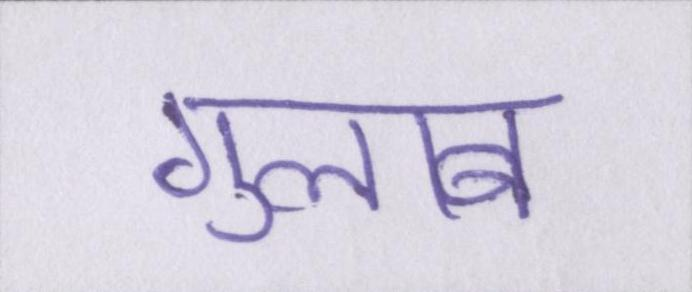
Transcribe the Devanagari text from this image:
गुलाब